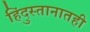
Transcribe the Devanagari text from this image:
हिंदुस्तानातही